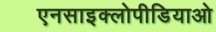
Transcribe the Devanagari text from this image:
एनसाइक्लोपीडियाओ